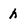
Character: h